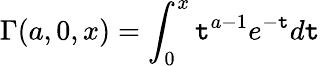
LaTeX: \Gamma(a,0,x)=\int_{0}^{x}\mathtt{t}^{a-1}e^{-\mathtt{t}}d\mathtt{t}